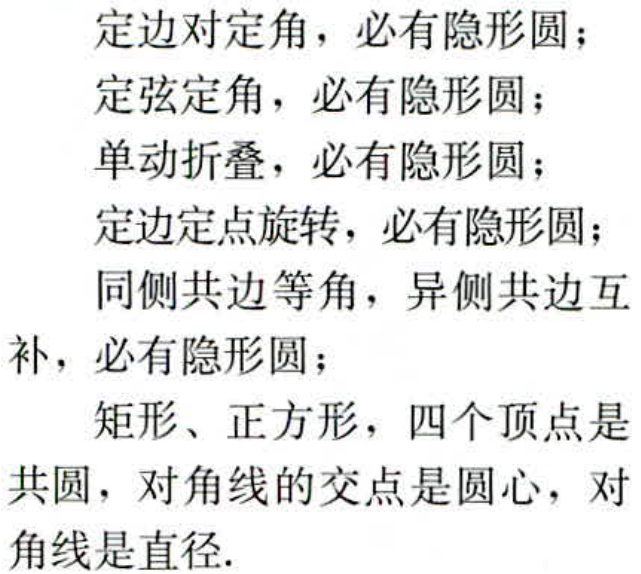
定边对定角，必有隐形圆；

定弦定角，必有隐形圆；

单动折叠，必有隐形圆；

定边定点旋转，必有隐形圆；

同侧共边等角，异侧共边互补，必有隐形圆；

矩形、正方形，四个顶点是共圆，对角线的交点是圆心，对角线是直径.